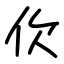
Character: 㐸